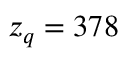
z _ { q } = 3 7 8